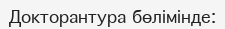
Докторантура бөлімінде: